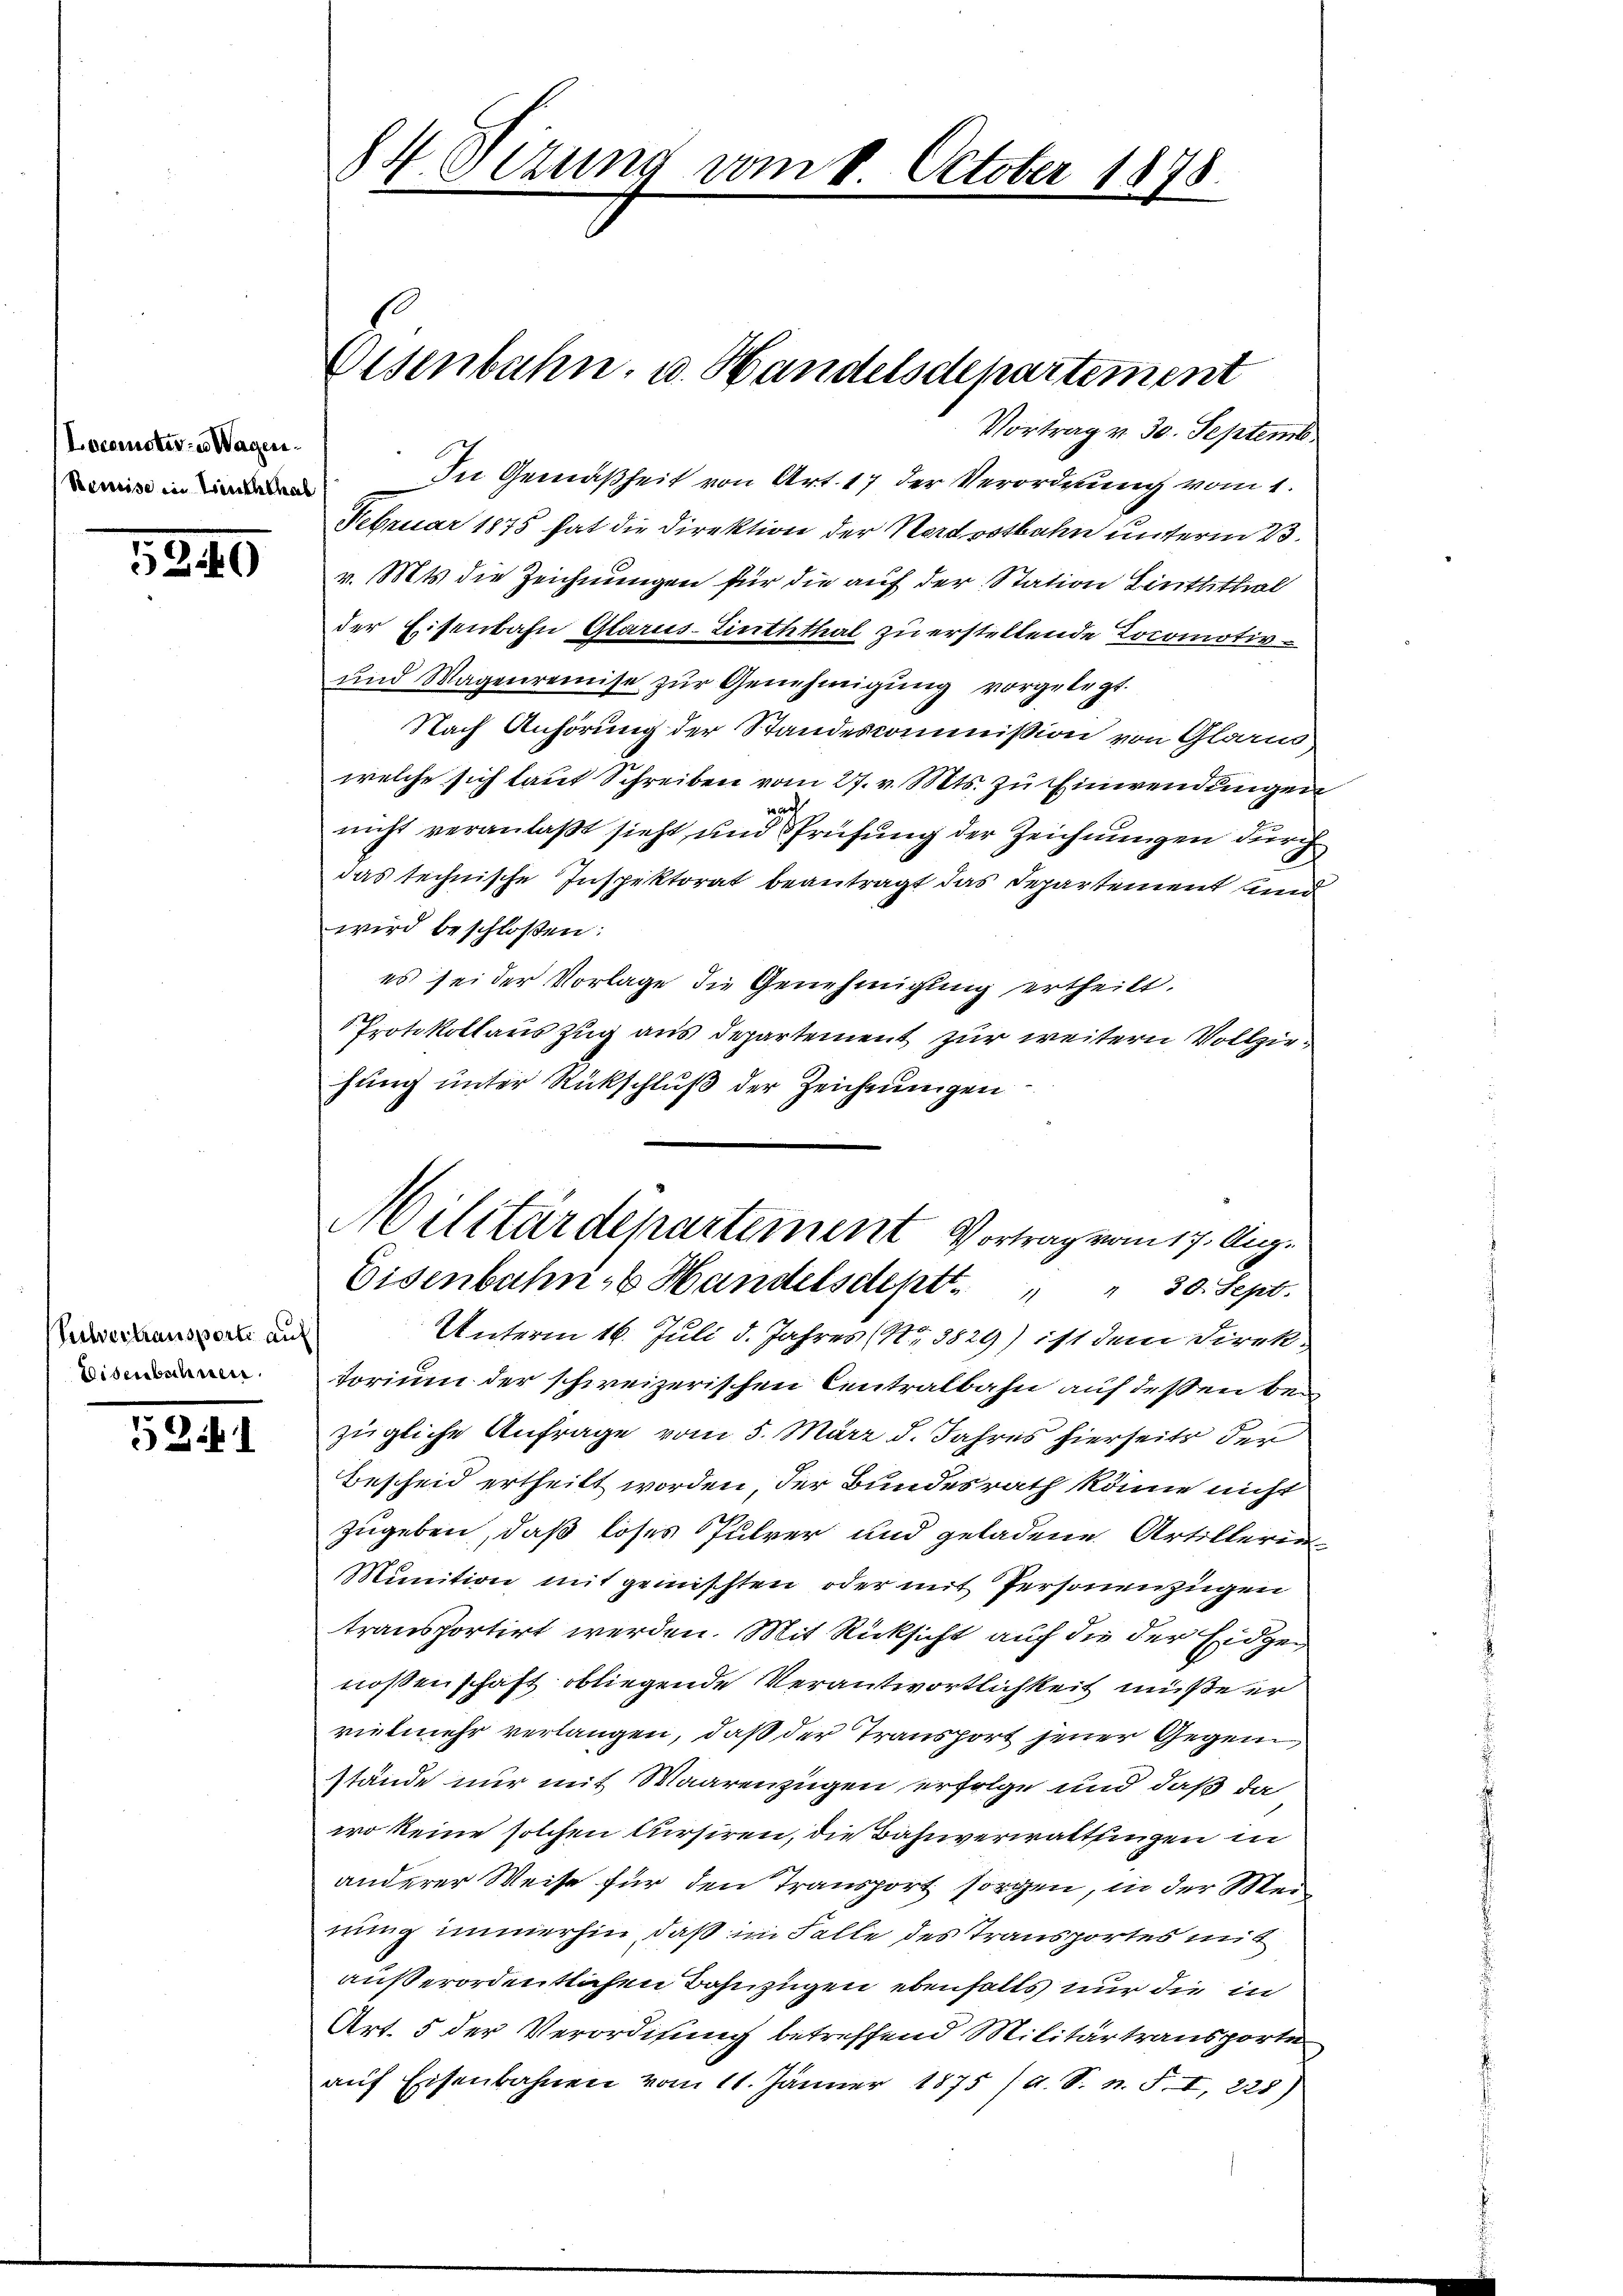
Locarnotive Wagen.
Remise in Linththab

5240

Vortrag v. 30. Septemb.
In Gemäßheit von Art. 17 der Verordnung vom 1.
Februar 1875 hat die Direktion der Nordostbahn unterm 23.
v. Mts. die Zeichnungen für die auf der Station Linththal
der Eisenbahn Glarus-Linththal zu ersteltende Tocomotiv
und Wagenreinise zŭr Genehmigung vorgelegt.
Nach Anhörung der Standescommission von Glarus
welche sich laut Schreiben vom 27. v. Mts. zu Einwendungen
nach
nicht veranlaßt sieht, und Prüfung der Zeichnungen durch
das technische Inspektorat beantragt das Separtement und
wird beschloßen:
es sei der Vorlage die Genehmigung ertheilt.
Protokollaus Zug aus departement zur weitern Vollziehung unter Rückschluß der Zeichnungen
Eisenbahn, Handelsdeptt. " 30. Sept.
Unterm 16. Juli d. Jahres (13829) ist dem Direktorium der schweizerischen Centralbahn auf dessen bei
zügliche Anfrage vom 5. März d. Jahres hierseits der
Bescheid ertheilt worden, der Bundesrath könne nicht
zugeben, daß loses Pulver und geladene Artillerin
Munition mit gemischten oder mit Personenzügen
transportirt werden. Mit Rücksicht auf die der Eidgen
nossenschaft obliegende Verantwortlichkeit müße er
rietmehr verlangen, daß der Transport jener Gegenstände nur mit Waarenzügen erfolge und daß da
wo keine solchen Cursiren, die Bahnverwaltungen in
anderer Weise für den Transport sorgen, in der Meinung immerhin, daß im Falle des Transportes mit
außerordentlichen Bahnzügen ebenfalls nur die in
Art. 5 der Verordnung betreffend Militärtransporte
auf Eisenbahnen vom 11. Jänner 1875 /A. S. n. F. I, 228)

Seibvertransporti auf
Eisenbahnen.

5241

84 Verung vom

Eisenbahn, u. Handelsdepartement

Militärdepartement Vortrag vom 17. Aug.

October 1878.